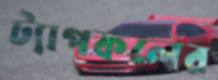
ট্যাপকলের